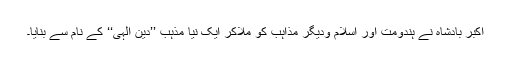
اکبر بادشاہ نے ہندومت اور اسلام ودیگر مذاہب کو ملاکر ایک نیا مذہب ’’دین الٰہی‘‘ کے نام سے بنایا۔